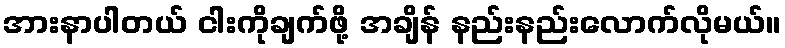
အားနာပါတယ် ငါးကိုချက်ဖို့ အချိန် နည်းနည်းလောက်လိုမယ်။